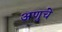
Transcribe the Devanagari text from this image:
अणुचे